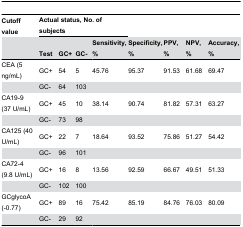
| Cutoff value | <COLSPAN=4> Actual status, No. of subjects |  |  |  |  |
 |  | Test | GC+ | GC- | Sensitivity, % | Specificity, % | PPV, % | NPV, % | Accuracy, % |
 | --- | --- | --- | --- | --- | --- | --- | --- | --- |
 | CEA (5 ng/mL) | GC+ | 54 | 5 | 45.76 | 95.37 | 91.53 | 61.68 | 69.47 |
 |  | GC- | 64 | 103 |  |  |  |  |  |
 | CA19-9 (37 U/mL) | GC+ | 45 | 10 | 38.14 | 90.74 | 81.82 | 57.31 | 63.27 |
 |  | GC- | 73 | 98 |  |  |  |  |  |
 | CA125 (40 U/mL) | GC+ | 22 | 7 | 18.64 | 93.52 | 75.86 | 51.27 | 54.42 |
 |  | GC- | 96 | 101 |  |  |  |  |  |
 | CA72-4 (9.8 U/mL) | GC+ | 16 | 8 | 13.56 | 92.59 | 66.67 | 49.51 | 51.33 |
 |  | GC- | 102 | 100 |  |  |  |  |  |
 | GCglycoA (-0.77) | GC+ | 89 | 16 | 75.42 | 85.19 | 84.76 | 76.03 | 80.09 |
 |  | GC- | 29 | 92 |  |  |  |  |  |